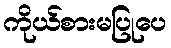
ကိုယ်စားမပြုပေ